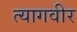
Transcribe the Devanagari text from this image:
त्यागवीर